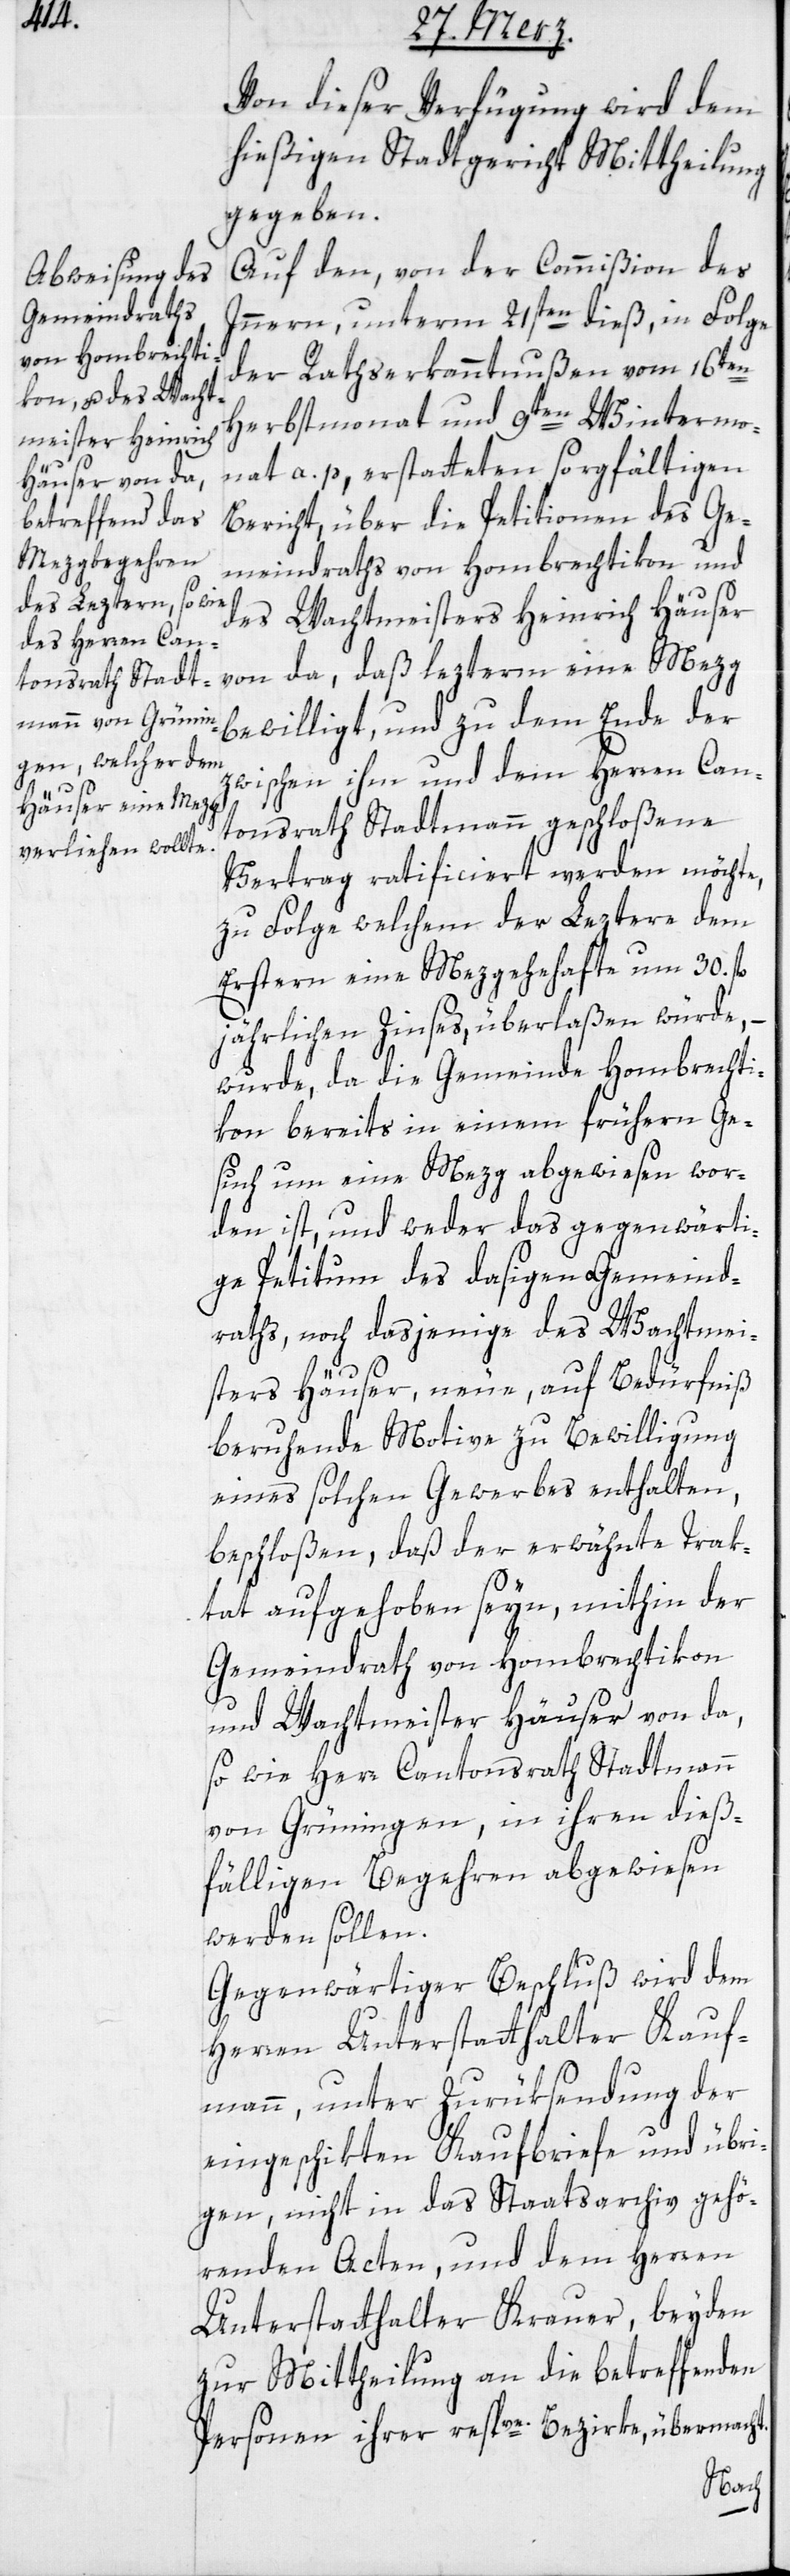
Von dieser Verfügung wird dem
hießigen Stadtgericht Mittheilung
gegeben.
Auf den, von der Commißion des
Inneren, unterm 21sten dieß, in Folge
der Rathserkanntnußen vom 16ten
Herbstmonat und 9ten Wintermo¬
nat a. p. erstatteten sorgfältigen
Bericht über die Petitionen des Ge¬
meindraths von Hombrechtikon und
des Wachtmeisters Heinrich Häuser
von da, daß lezterm eine Mezg
bewilligt, und zu dem Ende der
zwischen ihm und dem Herren Can¬
tonsrath Stadtmann geschloßene
Vertrag ratificiert werden möchte,
zu Folge welchem der Leztere dem
Erstern eine Metzgehehafte um 30 fl.
jährlichen Zinses, überlaßen würde,
wurde, da die Gemeinde Hombrechti¬
kon bereits in einem frühern Ge¬
such um eine Mezg abgewiesen wor¬
den ist, und weder das gegenwärti¬
ge Petitum des dasigen Gemeind¬
raths, noch dasjenige des Wachtmei¬
ster Häuser, neue, auf Bedürfniß
beruhende Motive zu Bewilligung
eines solchen Gewerbs enthalten,
beschloßen, daß der erwähnte Trak¬
tat aufgehoben seyn, mithin der
Gemeindrath von Hombrechtikon
und Wachtmeister Häuser von da,
so wie Herr Cantonsrath Stadtmann
von Grüningen, in ihren dieß¬
fälligen Begehren abgewiesen
werden sollen.
Gegenwärtiger Beschluß wird dem
Herren Unterstatthalter Kauf¬
mann, unter Zurüksendung der
eingeschikten Kaufbriefe und übri¬
gen, nicht in das Staatsarchiv gehö¬
renden Acten, und dem Herren
Unterstatthalter Krauer, beyden
zur Mittheilung an die betreffenden
Personen ihrer respve. Bezirke, übermacht.